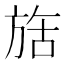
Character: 𬀇